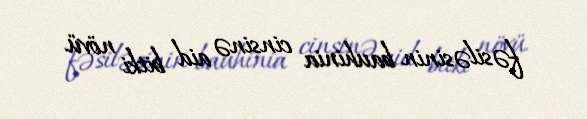
fəsiləsinin bauhinia cinsinə aid bitki növü.